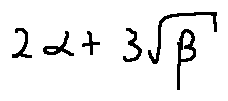
2 \alpha + 3 \sqrt { \beta }